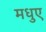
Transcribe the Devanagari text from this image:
मधुए